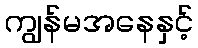
ကျွန်မအနေနှင့်